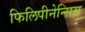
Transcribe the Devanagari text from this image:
फिलिपीनेन्सिस